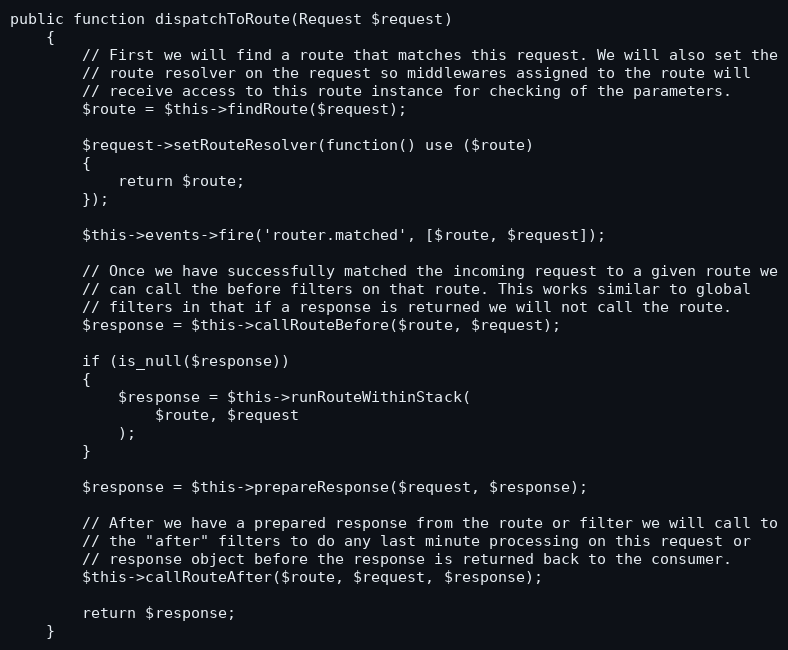
Language: PHP
public function dispatchToRoute(Request $request)
	{
		// First we will find a route that matches this request. We will also set the
		// route resolver on the request so middlewares assigned to the route will
		// receive access to this route instance for checking of the parameters.
		$route = $this->findRoute($request);

		$request->setRouteResolver(function() use ($route)
		{
			return $route;
		});

		$this->events->fire('router.matched', [$route, $request]);

		// Once we have successfully matched the incoming request to a given route we
		// can call the before filters on that route. This works similar to global
		// filters in that if a response is returned we will not call the route.
		$response = $this->callRouteBefore($route, $request);

		if (is_null($response))
		{
			$response = $this->runRouteWithinStack(
				$route, $request
			);
		}

		$response = $this->prepareResponse($request, $response);

		// After we have a prepared response from the route or filter we will call to
		// the "after" filters to do any last minute processing on this request or
		// response object before the response is returned back to the consumer.
		$this->callRouteAfter($route, $request, $response);

		return $response;
	}